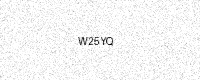
Text: W25YQ